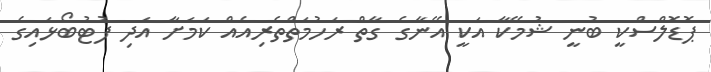
ޕޮޑޮލްސްކީ ބުނީ ޝުމޭކާ އަކީ އޭނާގެ ގާތް ރަހުމަތްތެރިއެއް ކަމަށާ އަދި ފުޓުބޯޅައިގެ